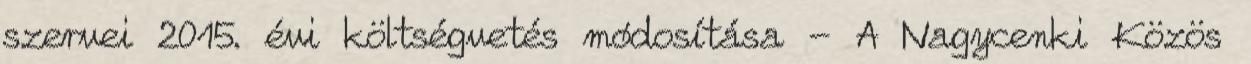
szervei 2015. évi költségvetés módosítása - A Nagycenki Közös